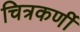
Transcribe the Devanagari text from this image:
चित्रकर्णी